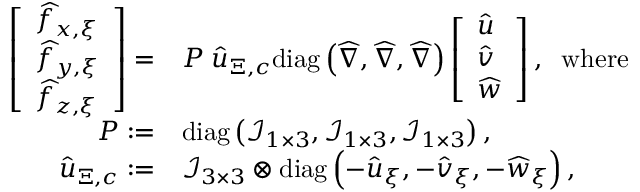
\begin{array} { r l } { \left[ \begin{array} { l } { \widehat { f } _ { x , \xi } } \\ { \widehat { f } _ { y , \xi } } \\ { \widehat { f } _ { z , \xi } } \end{array} \right] = } & { \boldsymbol { P } \; \boldsymbol { \widehat { u } } _ { \Xi , c } \mathrm { d i a g } \left( \boldsymbol { \widehat { \nabla } } , \boldsymbol { \widehat { \nabla } } , \boldsymbol { \widehat { \nabla } } \right) \left[ \begin{array} { l } { \widehat { u } } \\ { \widehat { v } } \\ { \widehat { w } } \end{array} \right] , \; \; \mathrm { w h e r e } } \\ { \boldsymbol { P } : = } & { \mathrm { d i a g } \left( \mathcal { I } _ { 1 \times 3 } , \mathcal { I } _ { 1 \times 3 } , \mathcal { I } _ { 1 \times 3 } \right) , } \\ { \boldsymbol { \widehat { u } } _ { \Xi , c } : = } & { \mathcal { I } _ { 3 \times 3 } \otimes \mathrm { d i a g } \left( - \widehat { u } _ { \xi } , - \widehat { v } _ { \xi } , - \widehat { w } _ { \xi } \right) , } \end{array}